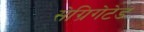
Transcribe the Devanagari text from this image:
सेग्रिगेटेड